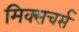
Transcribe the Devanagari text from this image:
मिक्सचर्स